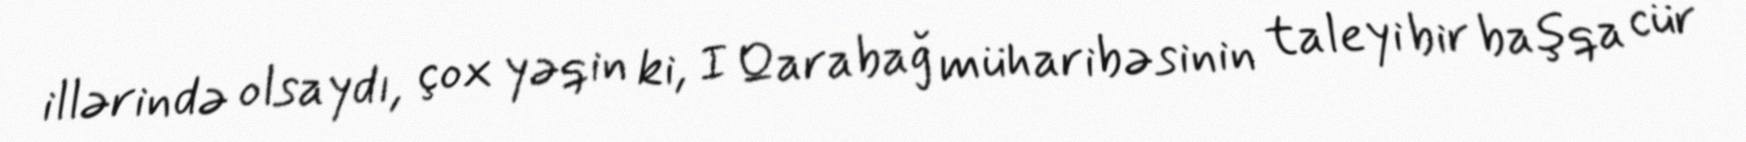
illərində olsaydı, çox yəqin ki, I Qarabağ müharibəsinin taleyi bir başqa cür